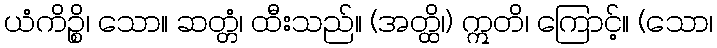
ယံကိဉ္စိ၊ သော။ ဆတ္တံ၊ ထီးသည်။ (အတ္ထိ၊) ဣတိ၊ ကြောင့်။ (သော၊